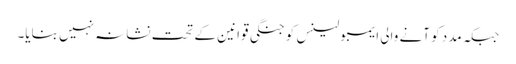
جبکہ مدد کو آنے والی ایمبولینس کو جنگی قوانین کے تحت نشانہ نہیں بنایا۔